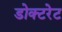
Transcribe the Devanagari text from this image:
डोक्टरेट